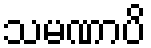
သမဏာပိ